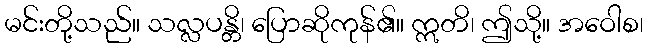
မင်းတို့သည်။ သလ္လပန္တိ၊ ပြောဆိုကုန်၏။ ဣတိ၊ ဤသို့။ အဝေါစ၊